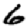
Digit: 6